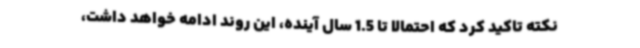
نکته تاکید کرد که احتمالا تا 1.5 سال آینده، این روند ادامه خواهد داشت،